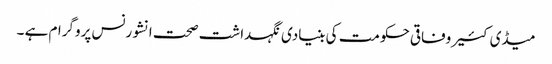
میڈی کئیر وفاقی حکومت کی بنیادی نگہداشت صحت انشورنس پروگرام ہے ۔